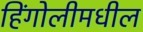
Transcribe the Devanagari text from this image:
हिंगोलीमधील